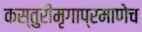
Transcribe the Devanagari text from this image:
कस्तुरीमृगाप्रमाणेच